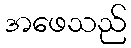
အဖေသည်